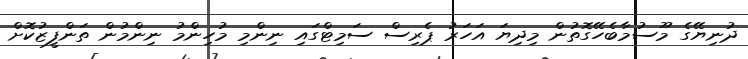
ދުނިޔޭގެ މޫސުމާބެހޭގޮތުން މިދިޔަ އަހަރު ޕެރިސް ސަމިޓްގައި ނިންމި މުހިންމު ނިންމުން ތަންފީޒުކޮށް